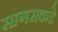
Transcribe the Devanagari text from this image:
सागराकडे